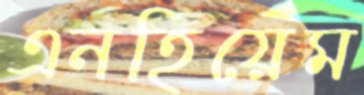
এনহিয়েম